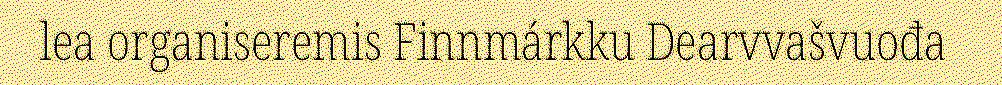
lea organiseremis Finnmárkku Dearvvašvuođa